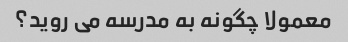
معمولا چگونه به مدرسه می روید؟